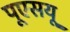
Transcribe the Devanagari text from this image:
पूएसयू